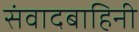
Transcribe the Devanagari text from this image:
संवादबाहिनी